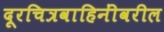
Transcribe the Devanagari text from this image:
दूरचित्रवाहिनींवरील